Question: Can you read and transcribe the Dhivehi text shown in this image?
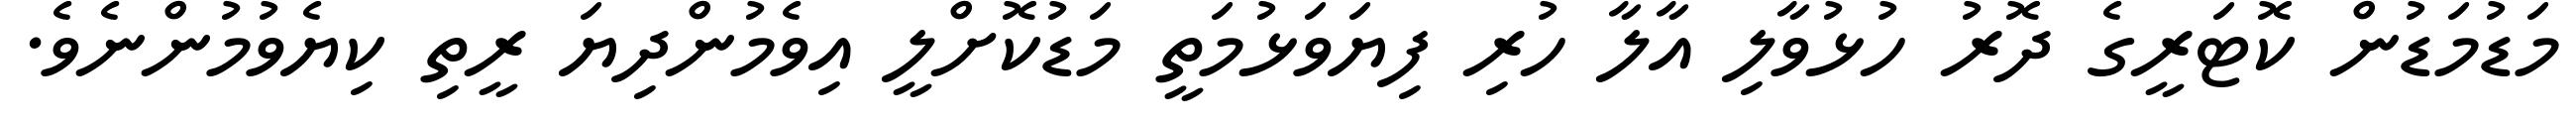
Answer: މަޑުމަޑުން ކޮޓަރީގެ ދޮރު ހުޅުވާލި އާލާ ހުރި ފިޔަވަޅުމަތީ މަޑުކޮށްލީ އިވެމުންދިޔަ ރީތި ކިޔެވުމުންނެވެ.